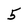
Character: 5